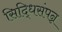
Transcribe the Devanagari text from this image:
सिद्धिसंपन्न